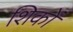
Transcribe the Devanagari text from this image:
शिकों